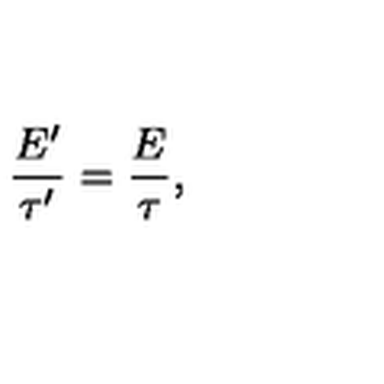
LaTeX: \frac { E ^ { \prime } } { \tau ^ { \prime } } = \frac { E } { \tau } ,